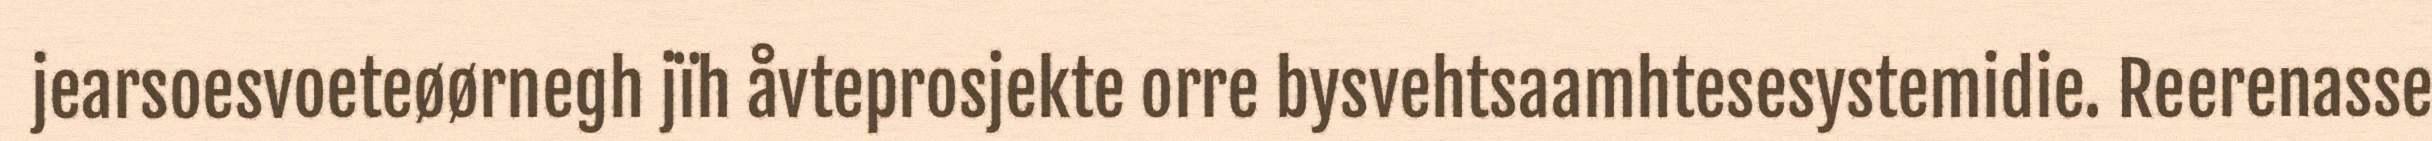
jearsoesvoeteøørnegh jïh åvteprosjekte orre bysvehtsaamhtesesystemidie. Reerenasse